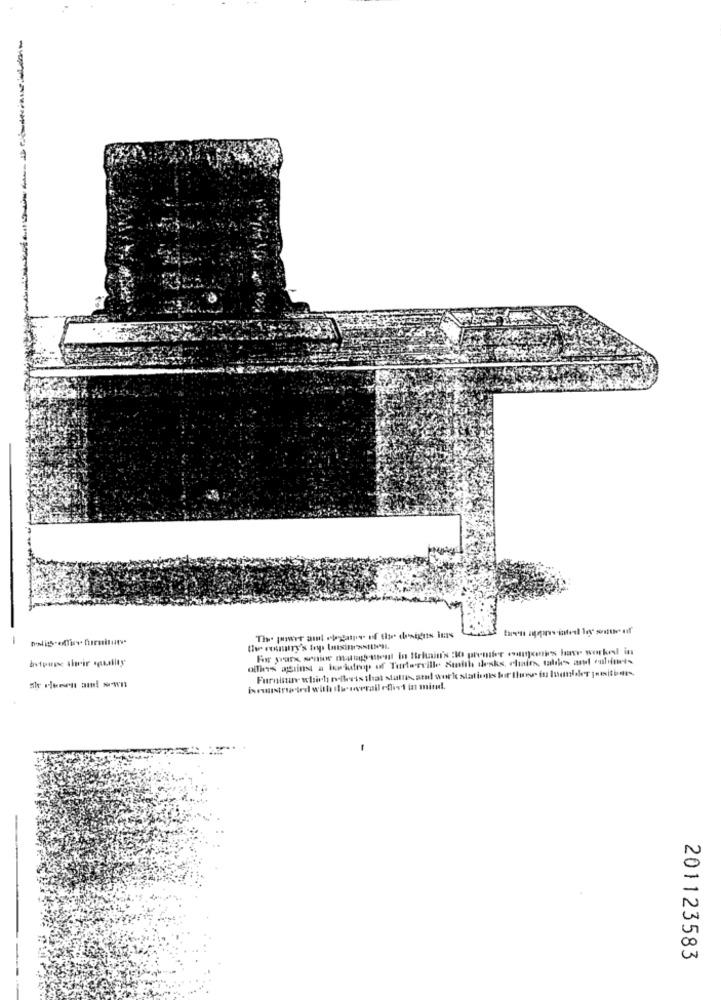
-
For years senior mungs stest In Britain's :WO premier conjoints have worked ins
avtpugse their eguality
ollies against a bookdrop of Turterville Smith desks, chairs, tables and cabinets
Furniture which rolleris that stattis amal work stations for the in Inunder jositimes,
Årunstructed with twooverall oflist in mind.
201123583